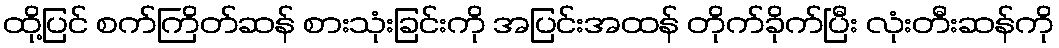
ထို့ပြင် စက်ကြိတ်ဆန် စားသုံးခြင်းကို အပြင်းအထန် တိုက်ခိုက်ပြီး လုံးတီးဆန်ကို